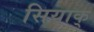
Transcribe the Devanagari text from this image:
सियाक्